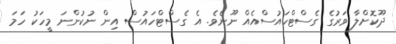
ދޫކޮށްލާ ވަރުގެ ގެސްޓްހައުސްއެއް ނޫނެވެ. އެ ގެސްޓްހައުސް އިން ނުކުންނަ މީހަކު ހަމަ